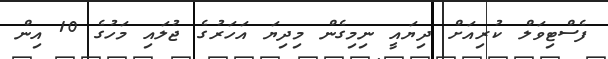
ފެސްޓިވަލް ކުރިއަށް ދިޔައީ ނިމިގެން މިދިޔަ އަހަރުގެ ޖުލައި މަހުގެ 10 އިން